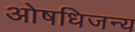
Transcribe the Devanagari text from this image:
ओषधिजन्य